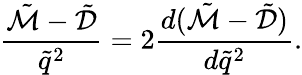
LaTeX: \frac{\tilde{\mathcal{M}}-\tilde{\mathcal{D}}}{\tilde{q}^{2}}=2\frac{d(\tilde{\mathcal{M}}-\tilde{\mathcal{D}})}{d\tilde{q}^{2}}.